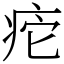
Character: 㾃